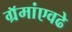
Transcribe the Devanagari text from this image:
ग्रॅमांएवढे